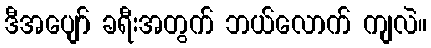
ဒီအပျော် ခရီးအတွက် ဘယ်လောက် ကျလဲ။